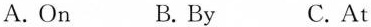
A. On B. By C. At